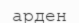
арден